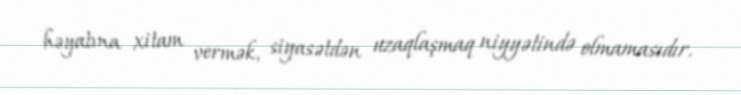
həyatına xitam vermək, siyasətdən uzaqlaşmaq niyyətində olmamasıdır.